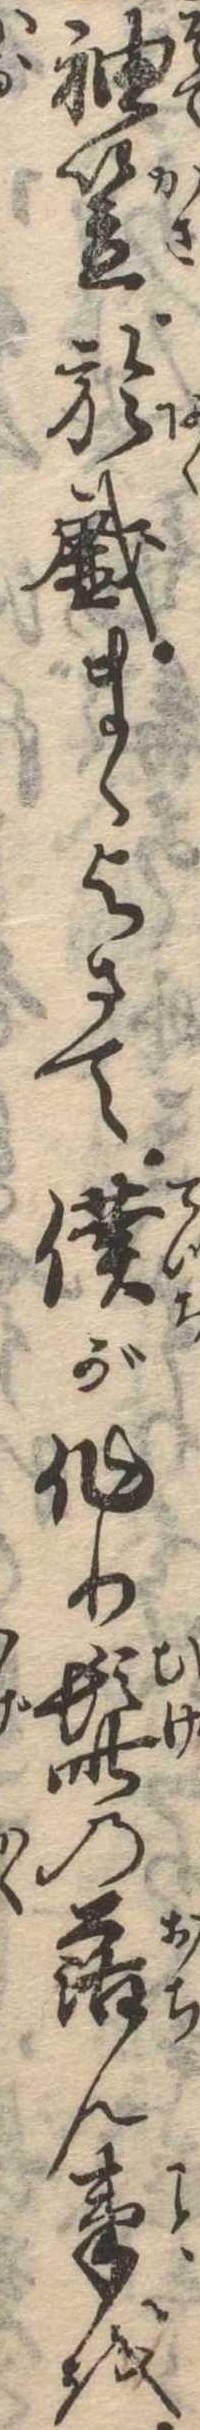
袖笠於戯まゝよさて僕が作り髭の落ん事を